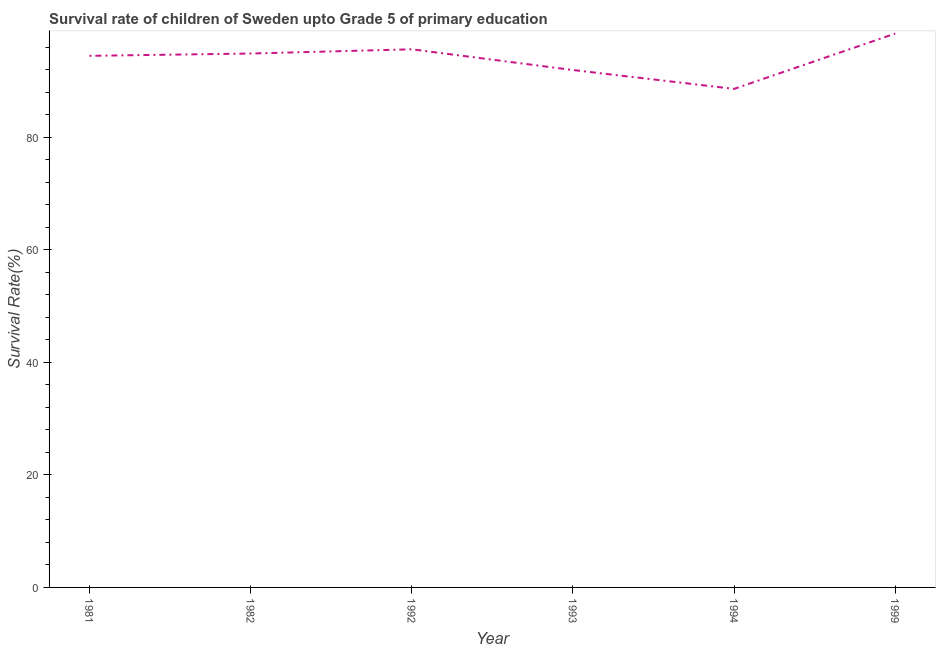
| Year | Survival rate |
 | --- | --- |
 | 1981 | 94.5 |
 | 1982 | 94.9 |
 | 1992 | 95.6 |
 | 1993 | 92 |
 | 1994 | 88.6 |
 | 1999 | 98.4 |